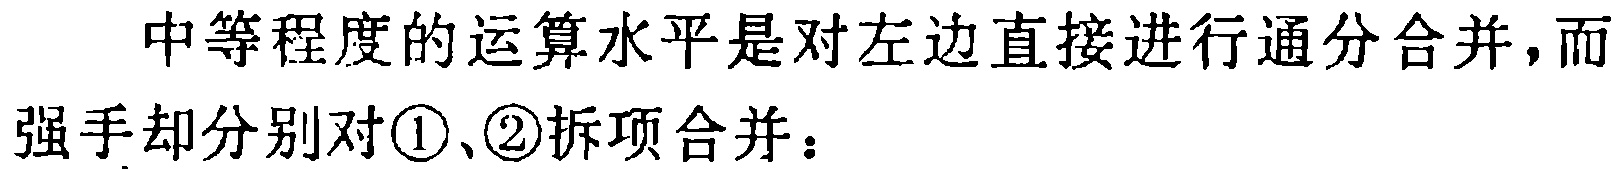
中等程度的运算水平是对左边直接进行通分合并，而
强手却分别对\textcircled{1}、\textcircled{2}拆项合并：